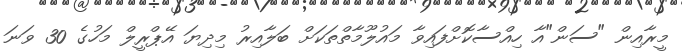
މީރާއިން "ސަން"އާ ހިއްސާކޮށްފައިވާ މައުލޫމާތްތަކަށް ބަލާއިރު މިދިޔަ އޭޕްރީލް މަހުގެ 30 ވަނަ